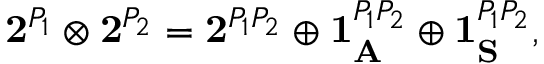
{ \bf 2 } ^ { P _ { 1 } } \otimes { \bf 2 } ^ { P _ { 2 } } = { \bf 2 } ^ { P _ { 1 } P _ { 2 } } \oplus { \bf 1 } _ { \bf A } ^ { P _ { 1 } P _ { 2 } } \oplus { \bf 1 } _ { \bf S } ^ { P _ { 1 } P _ { 2 } } ,